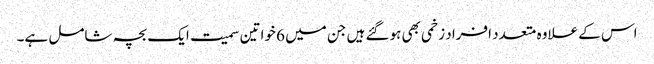
اس کے علاوہ متعدد افراد زخمی بھی ہوگئے ہیں جن میں 6 خواتین سمیت ایک بچہ شامل ہے۔